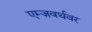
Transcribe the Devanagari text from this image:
एम्ज़वर्थवर